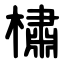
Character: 橚